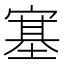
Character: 𡪈